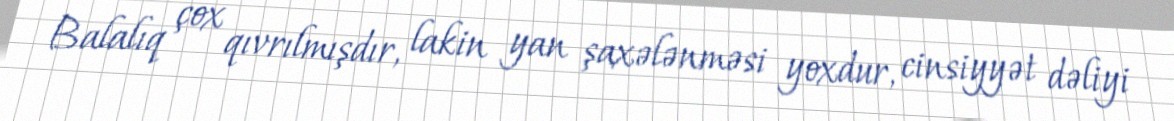
Balalıq çox qıvrılmışdır, lakin yan şaxələnməsi yoxdur, cinsiyyət dəliyi